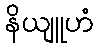
နိယျူဟံ